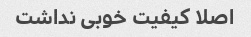
اصلا کیفیت خوبی نداشت